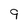
Character: 9